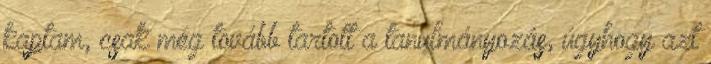
kaptam, csak még tovább tartott a tanulmányozás, úgyhogy azt